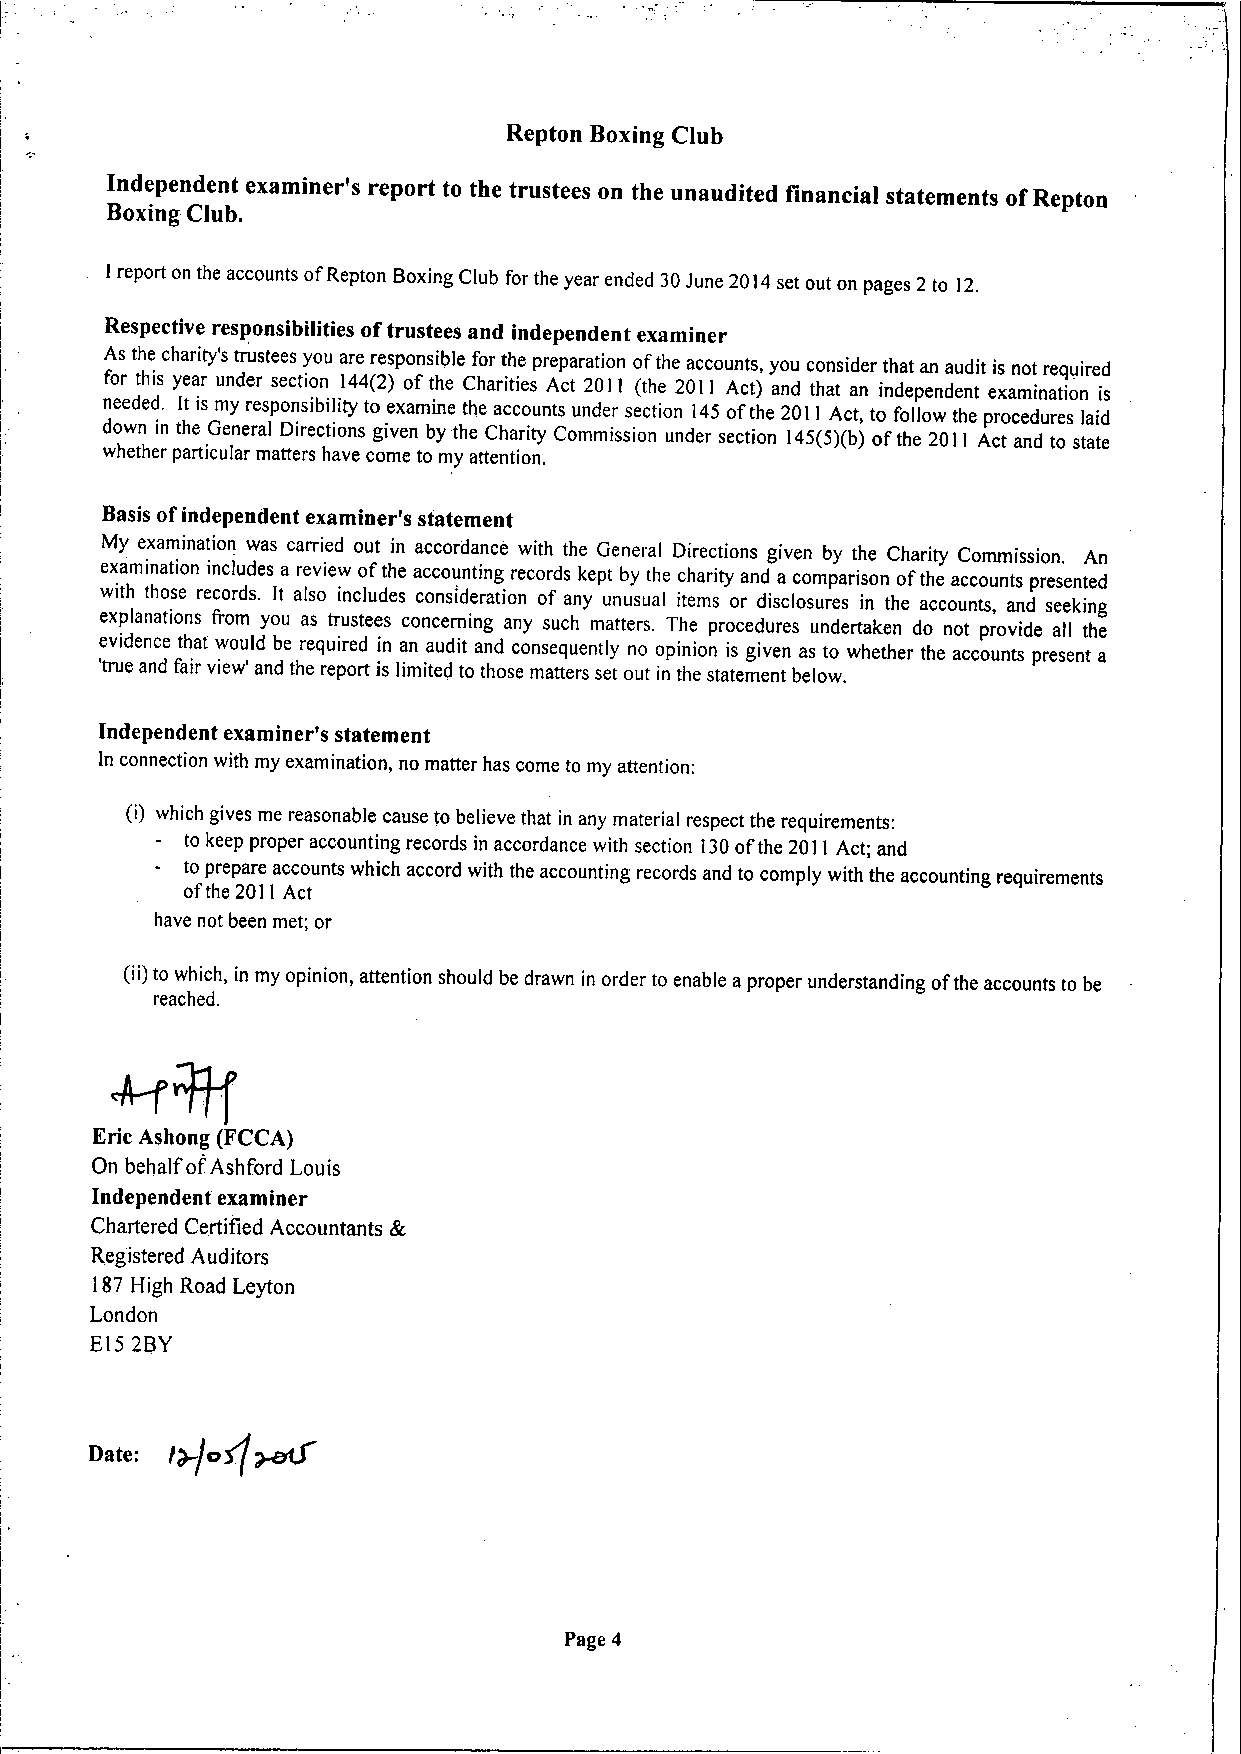
Repton Boxing Club
 Independent examiner's report to the trustees on the unaudited financial statements ofRepton
 Boxing Club.
 I report on the accounts ofRepton Boxing Club for the year ended 30June 2014set out on pages 2 to 12.
 Respective responsibilities oftrustees and independent examiner
 As the charity's trustees you are responsible for the preparation ofthe accounts, you consider that an audit is not required
 for this year under section 144(2) of the Charities Act 2011 (the 2011 Act) and that an independent examination is
 needed. It is my responsibility to examine the accounts under section 145 ofthe 2011 Act, to follow the procedures laid
 down in the General Directions given by the Charity Commission under section 145(5)(b)ofthe 2011 Act and to state
 whether particular matters have come to my attention.
 Basis ofindependent examiner's statement
 My examination was carried out in accordance with the General Directions given by the Charity Commission. An
 examination includes a review ofthe accounting records kept by the charity and a comparison ofthe accounts presented
 with those records. It also includes consideration of any unusual items or disclosures in the accounts, and seeking
 explanations from you as trustees concerning any such matters. The procedures undertaken do not provide all the
 evidence that would be required in an audit and consequently no opinion is given as to whether the accounts present a
 'true and fair view' and the report is limited to those matters set out in the statement below.
 Independent examiner's statement
 In connection with my examination, no matter has come to my attention:
 (i) which gives me reasonable cause to believe that in any material respect the requirements:
 to keep proper accounting records in accordance with section 130ofthe 2011 Act; and
 to prepare accounts which accord with the accounting records and to comply with the accounting requirements
 ofthe 2011 Act
 have not been met; or
 (ii)to which, in my opinion, attention should be drawn in order to enable a proper understanding ofthe accounts to be
 reached.
 Eric Ashong (FCCA)
 On behalf ofAshford Louis
 Independent examiner
 Chartered Certified Accountants &
 Registered Auditors
 187High Road Leyton
 London
 E152BY
 Date:
 Page 4